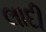
લાદી